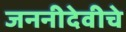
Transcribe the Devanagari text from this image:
जननीदेवीचे